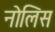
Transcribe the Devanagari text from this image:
नोलिस